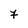
Character: 7